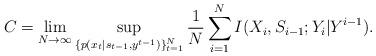
LaTeX: \begin{align*}C_{} &= \lim_{N\rightarrow \infty} \sup_{\{p(x_t|s_{t-1},y^{t-1})\}_{t=1}^N} \frac{1}{N} \sum_{i=1}^N I(X_i,S_{i-1};Y_i|Y^{i-1}).\end{align*}